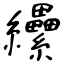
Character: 纝